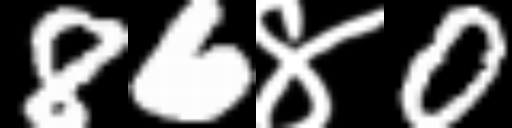
Text: 86४0